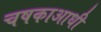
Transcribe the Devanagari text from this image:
चषकाआधी